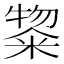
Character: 鿯